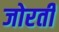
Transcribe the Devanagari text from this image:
जोरती